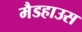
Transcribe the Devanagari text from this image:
मैडहाउस